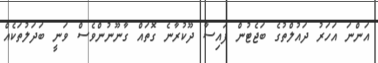
އަންނަ އަހަރު ދައުލްތުގެ ބަޖެޓުން ފައިސާ ދޫކުރާނެ ގޮތައް ގާނޫނުންވެސް ވަނީ ބަދަލުތަކެއް